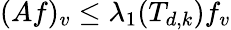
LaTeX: (Af)_{v}\leq\lambda_{1}(T_{d,k})f_{v}